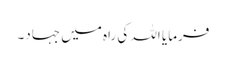
فرمایا اللہ کی راہ میں جہاد۔